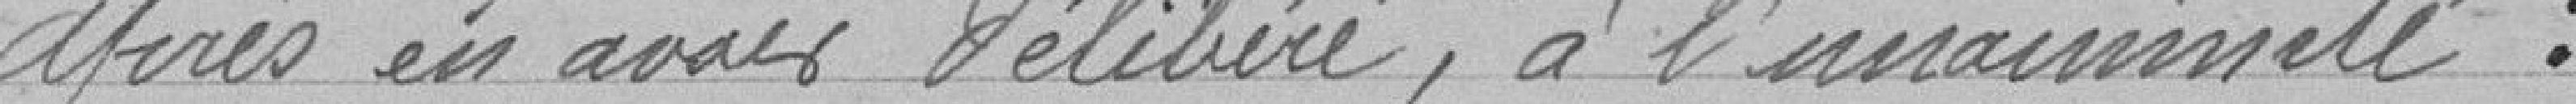
Après en avoir délibéré à l'unanimité.